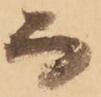
而